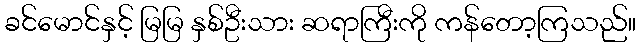
ခင်မောင်နှင့် မြမြ နှစ်ဦးသား ဆရာကြီးကို ကန်တော့ကြသည်။